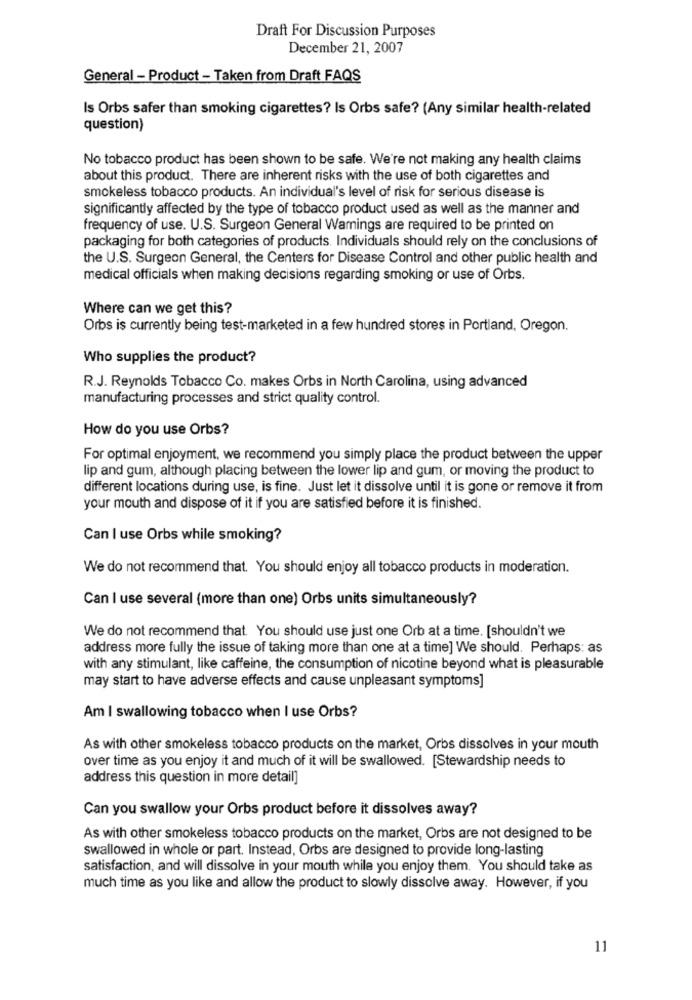
Draft For Discussion Purposes
December 21, 2007
General - Product - Taken from Draft FAQS
Is Orbs safer than smoking cigarettes? Is Orbs safe? (Any similar health-related
question)
No tobacco product has been shown to be safe. We're not making any health claims
about this product. There are inherent risks with the use of both cigarettes and
smokeless tobacco products. An individual's level of risk for serious disease is
significantly affected by the type of tobacco product used as well as the manner and
frequency of use. U.S. Surgeon General Warnings are required to be printed on
packaging for both categories of products. Individuals should rely on the conclusions of
the U.S. Surgeon General, the Centers for Disease Control and other public health and
medical officials when making decisions regarding smoking or use of Orbs.
Where can we get this?
Orbs is currently being test-marketed in a few hundred stores in Portland, Oregon.
Who supplies the product?
R.J. Reynolds Tobacco Co. makes Orbs in North Carolina, using advanced
manufacturing processes and strict quality control.
How do you use Orbs?
For optimal enjoyment, we recommend you simply place the product between the upper
lip and gum, although placing between the lower lip and gum, or moving the product to
different locations during use, is fine. Just let it dissolve until it is gone or remove it from
your mouth and dispose of it if you are satisfied before it is finished.
Can I use Orbs while smoking?
We do not recommend that. You should enjoy all tobacco products in moderation.
Can I use several (more than one) Orbs units simultaneously?
We do not recommend that. You should use just one Orb at a time. [shouldn't we
address more fully the issue of taking more than one at a time] We should. Perhaps: as
with any stimulant, like caffeine, the consumption of nicotine beyond what is pleasurable
may start to have adverse effects and cause unpleasant symptoms]
Am I swallowing tobacco when I use Orbs?
As with other smokeless tobacco products on the market, Orbs dissolves in your mouth
over time as you enjoy it and much of it will be swallowed. [Stewardship needs to
address this question in more detail]
Can you swallow your Orbs product before it dissolves away?
As with other smokeless tobacco products on the market, Orbs are not designed to be
swallowed in whole or part. Instead, Orbs are designed to provide long-lasting
satisfaction, and will dissolve in your mouth while you enjoy them. You should take as
much time as you like and allow the product to slowly dissolve away. However, if you
11